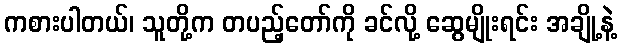
ကစားပါတယ်၊ သူတို့က တပည့်တော်ကို ခင်လို့ ဆွေမျိုးရင်း အချို့နဲ့